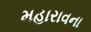
મહારાવના